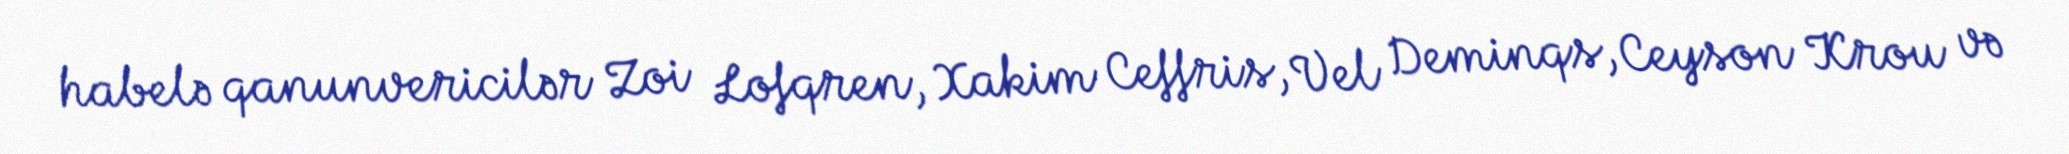
habelə qanunvericilər Zoi Lofqren, Xakim Ceffris, Vel Deminqs, Ceyson Krou və